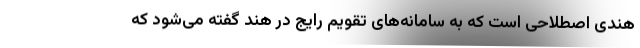
هندی اصطلاحی است که به سامانه‌های تقویم رایج در هند گفته می‌شود که